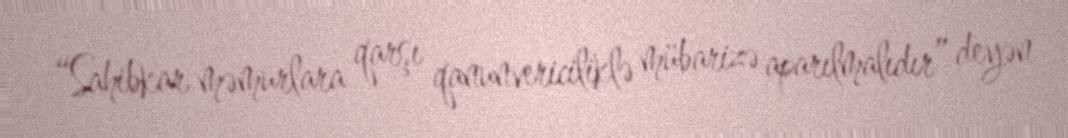
“Sahibkar məmurlara qarşı qanunvericiliklə mübarizə aparılmalıdır” deyən